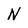
Character: N